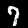
Label: 7